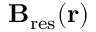
{ \bf \delta B } _ { \mathrm { r e s } } ( { \bf r } )